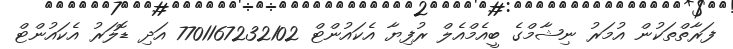
ފަރާތްތަކުން އުމަރު ނިޝާމްގެ ބީއެމްއެލް ރުފިޔާ އެކައުންޓް 7701167232102 އަދި ޑޮލަރު އެކައުންޓް